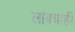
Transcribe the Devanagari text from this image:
लांबचाही